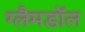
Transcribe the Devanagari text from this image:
ग्लैमडॉल